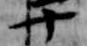
十